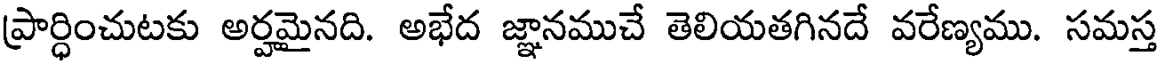
ప్రార్ధించుటకు అర్హమైనది. అభేద జ్ఞానముచే తెలియతగినదే వరేణ్యము. సమస్త